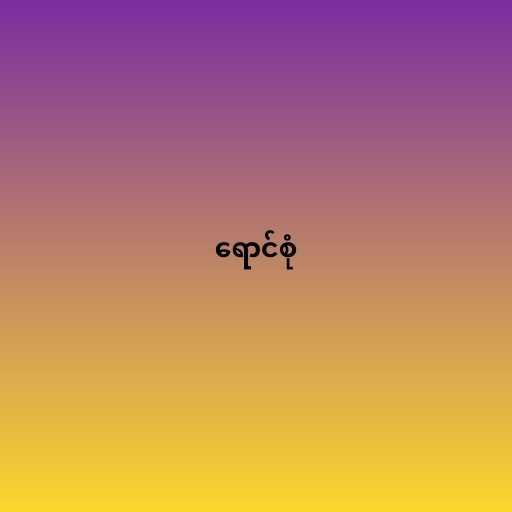
ရောင်စုံ